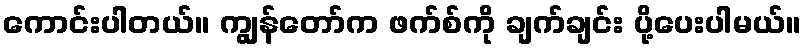
ကောင်းပါတယ်။ ကျွန်တော်က ဖက်စ်ကို ချက်ချင်း ပို့ပေးပါမယ်။